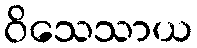
ဝိသေသာယ